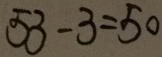
5 3 - 3 = 5 0